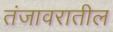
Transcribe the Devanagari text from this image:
तंजावरातील